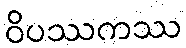
ဝိပဿကဿ